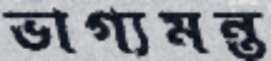
ভাগ্যমন্ত